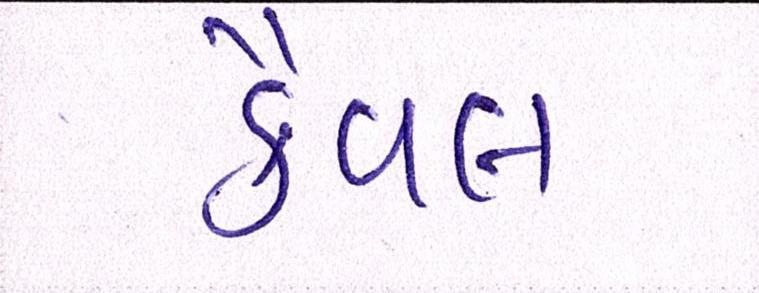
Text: કૈવલ